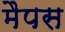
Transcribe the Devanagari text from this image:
मैपस